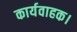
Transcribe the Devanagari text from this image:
कार्यवाहक।